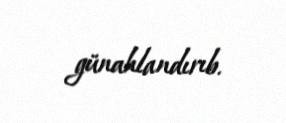
günahlandırıb.